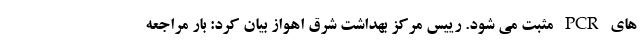
های PCR مثبت می شود. رییس مرکز بهداشت شرق اهواز بیان کرد: بار مراجعه